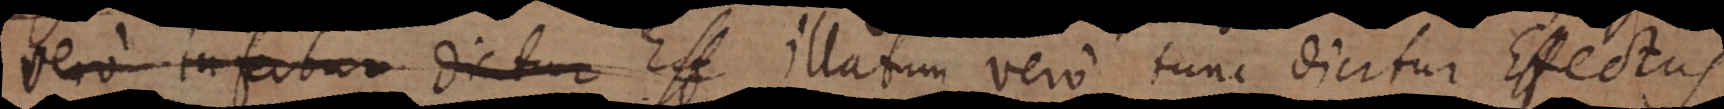
vero infertur dicitur Eff, illatum vero tunc dicitur Effectus